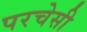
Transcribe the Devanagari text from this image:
परचेसी